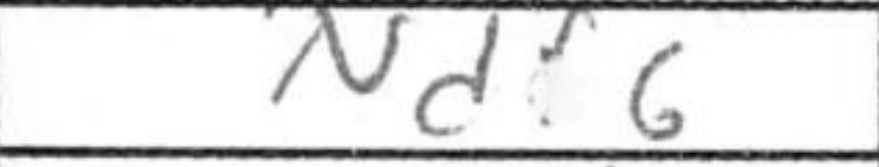
Transcription: Nd6